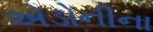
એડોનીના